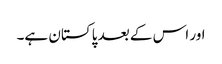
اور اس کے بعد پاکستان ہے۔